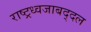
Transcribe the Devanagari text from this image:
राष्ट्रध्वजाबद्दल